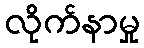
လိုက်နာမှု